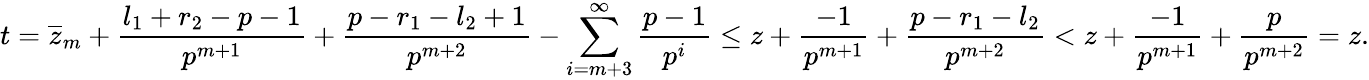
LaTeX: t=\overline{{z}}_{m}+\frac{l_{1}+r_{2}-p-1}{p^{m+1}}+\frac{p-r_{1}-l_{2}+1}{p^{m+2}}-\sum_{i=m+3}^{\infty}\frac{p-1}{p^{i}}\leq z+\frac{-1}{p^{m+1}}+\frac{p-r_{1}-l_{2}}{p^{m+2}}<z+\frac{-1}{p^{m+1}}+\frac{p}{p^{m+2}}=z.